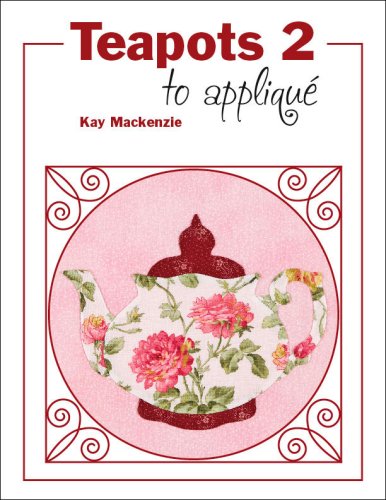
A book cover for Teapots 2 to Applique; Kay Mackenzie; Crafts, Hobbies & Home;